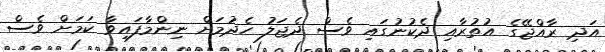
އަދި ރާއްޖޭގެ އުތުރާއި ދެކުނުގައި ވެސް ދެޖަލު ހެދުމަށް ނިންމާފައިވާ ކަމަށް ވެސް